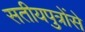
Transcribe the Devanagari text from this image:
सतीयपुत्रोंसे